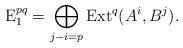
LaTeX: \begin{align*}{\rm E}_1^{pq}=\bigoplus_{j-i=p}{\rm Ext}^q(A^i,B^j).\end{align*}